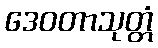
ဒေဝတာသုတ္တံ